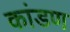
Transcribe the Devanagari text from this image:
कांडण